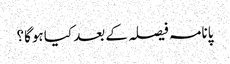
پانامہ فیصلہ کے بعد کیا ہوگا؟